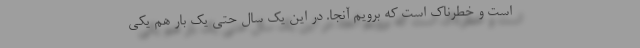
است و خطرناک است که برویم آنجا. در این‌ یک سال حتی یک‌ بار هم یکی